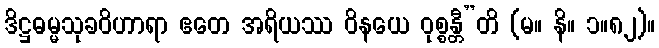
ဒိဋ္ဌဓမ္မသုခဝိဟာရာ ဧတေ အရိယဿ ဝိနယေ ဝုစ္စန္တီ”တိ (မ။ နိ။ ၁။၈၂)။